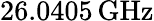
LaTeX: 26.0405\, \mathrm{GHz}